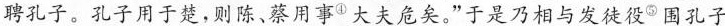
聘孔子。孔子用于楚，则陈、蔡用事^{④} 大夫危矣。”于是乃相与发徒役^{⑤} 围孔